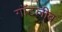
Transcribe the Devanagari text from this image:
गॉटलीब